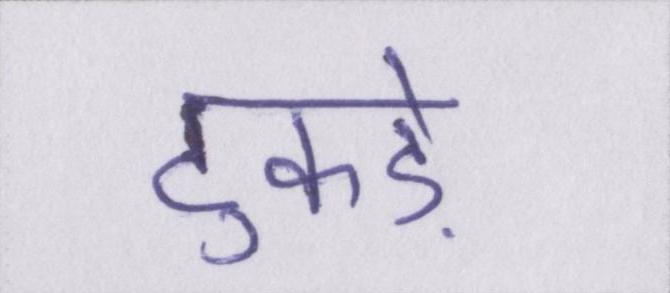
टुकड़े